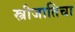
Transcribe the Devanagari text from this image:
स्त्रीजातिचा